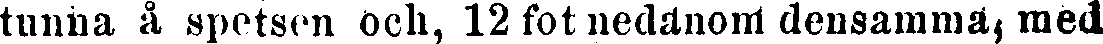
tunna å spetsen Och, 12 fot nedanom densamma, med